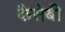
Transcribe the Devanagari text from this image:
कैसेबी